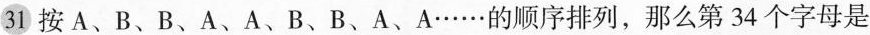
31按A、B、B、A、A、B、B、A、A……的顺序排列，那么第34个字母是